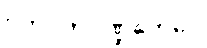
ဂဟပတိပဏ္ဍိတေပေ